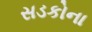
સડકોના